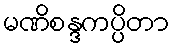
မဏိစန္ဒကပ္ပိတာ